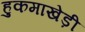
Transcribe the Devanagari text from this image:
हुकमाखेड़ी